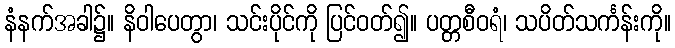
နံနက်အခါ၌။ နိဝါပေတွာ၊ သင်းပိုင်ကို ပြင်ဝတ်၍။ ပတ္တစီဝရံ၊ သပိတ်သင်္ကန်းကို။